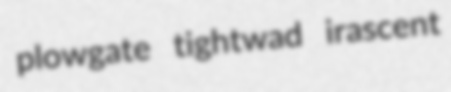
plowgate tightwad irascent